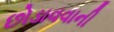
છોડાવવાની